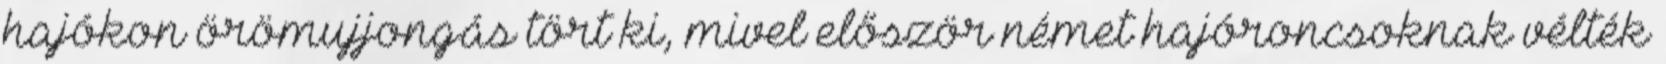
hajókon örömujjongás tört ki, mivel először német hajóroncsoknak vélték